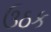
ઉઠક